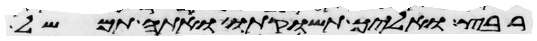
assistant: רבץ ואליך תשוקתו ואתה תמשל